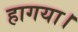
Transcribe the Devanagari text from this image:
हागया।